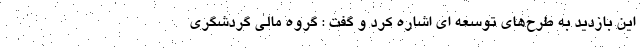
اين بازديد به طرح‌هاي توسعه اي اشاره كرد و گفت : گروه مالي گردشگري